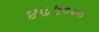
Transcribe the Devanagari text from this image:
४७५०००